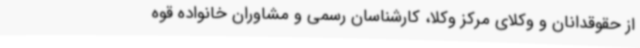
از حقوقدانان و وکلای مرکز وکلا، کارشناسان رسمی و مشاوران خانواده قوه